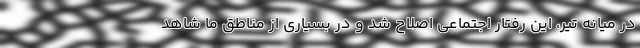
در میانه تیر، این رفتار اجتماعی اصلاح شد و در بسیاری از مناطق ما شاهد